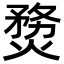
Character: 熃